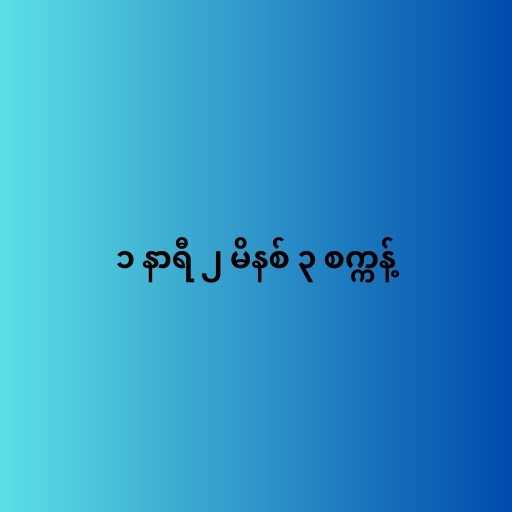
၁ နာရီ ၂ မိနစ် ၃ စက္ကန့်